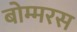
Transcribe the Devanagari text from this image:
बोम्मरस